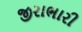
જીરાભારી